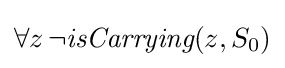
\forall z\,\neg {\textit {isCarrying}}(z,S_{0})